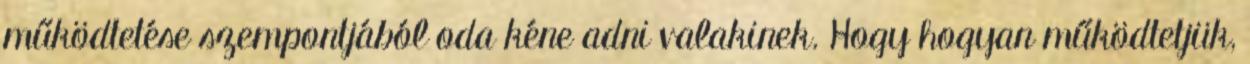
működtetése szempontjából oda kéne adni valakinek. Hogy hogyan működtetjük,